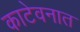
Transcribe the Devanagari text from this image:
काटेवनात